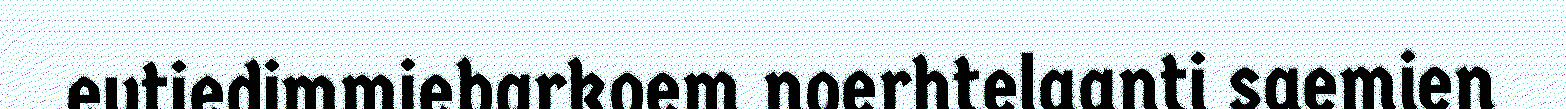
evtiedimmiebarkoem noerhtelaanti saemien